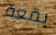
بقعة